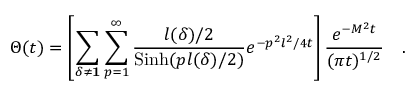
\Theta ( t ) = \left[ \sum _ { \delta \neq { \bf 1 } } \sum _ { p = 1 } ^ { \infty } { \frac { l ( \delta ) / 2 } { \mathrm { S i n h } ( p l ( \delta ) / 2 ) } } e ^ { - p ^ { 2 } l ^ { 2 } / 4 t } \right] { \frac { e ^ { - M ^ { 2 } t } } { ( \pi t ) ^ { 1 / 2 } } } \quad .